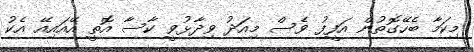
މިކަމާ ބެހޭގޮތުން އަފީފު ވެސް މިއަދު ވިދާޅުވީ ކާސާ އޮތީ އޭއައިއޭ އެކު